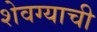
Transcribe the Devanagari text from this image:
शेवग्याची